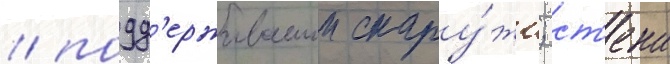
/ подд'ерживаемои снару́жи; ст'ена